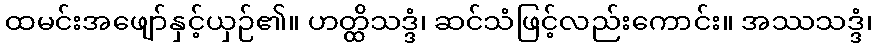
ထမင်းအဖျော်နှင့်ယှဉ်၏။ ဟတ္ထိသဒ္ဒံ၊ ဆင်သံဖြင့်လည်းကောင်း။ အဿသဒ္ဒံ၊